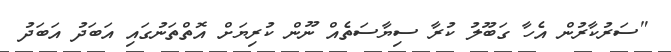
"ސަރުކާރުން އެހާ ގަބޫލު ކުރާ ސިޔާސަތެއް ނޫން ކުރިޔަށް އޮތްތަނުގައި އަބަދު އަބަދު